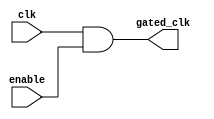
module ClockGating(
    input wire clk,            // Global clock signal
    input wire enable,         // Enable signal for clock gating
    output wire gated_clk      // Gated clock output
);

    // Clock gating logic using an AND gate
    assign gated_clk = clk & enable;

endmodule